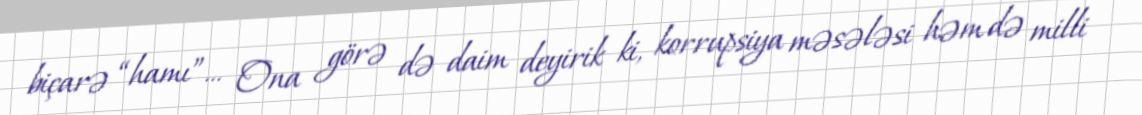
biçarə “hamı”... Ona görə də daim deyirik ki, korrupsiya məsələsi həm də milli